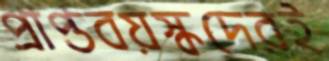
প্রাপ্তবয়স্কদেরই